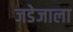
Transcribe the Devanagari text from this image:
जडेजाला